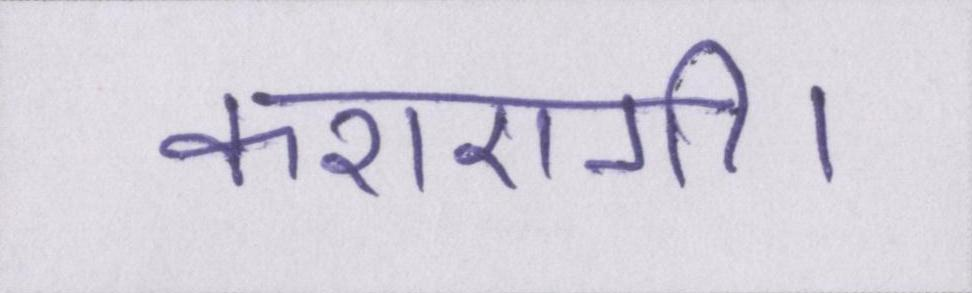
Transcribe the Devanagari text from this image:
कराएगी।